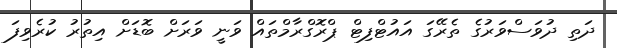
ދަތި ދުވަސްވަރުގެ ތެރޭގަ އައުޓްފިޓް ޕްރޮގްރާމްތައް ވަނީ ވަރަށް ބޮޑަށް އިތުރު ކުރެވިފަ